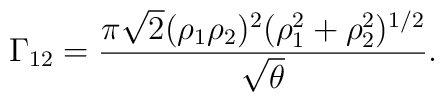
\Gamma_{12} = {\pi\sqrt{2}(\rho_1\rho_2)^2(\rho_1^2+\rho_2^2)^{1/2}\over\sqrt{\theta}}.\;